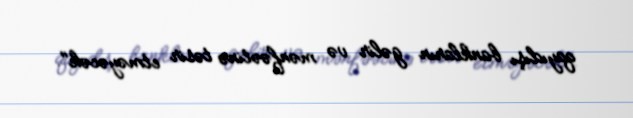
qayıdışı bankların gəlir və mənfəətinə təsir etməyəcək".